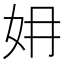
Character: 㚩